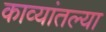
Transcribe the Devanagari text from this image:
काव्यांतल्या